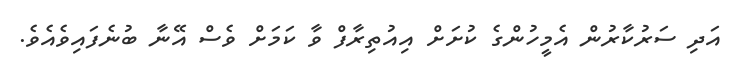
އަދި ސަރުކާރުން އެމީހުންގެ ކުށަށް އިއުތިރާފް ވާ ކަމަށް ވެސް އޭނާ ބުނެފައިވެއެވެ.